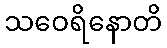
သဝေရိနောတိ